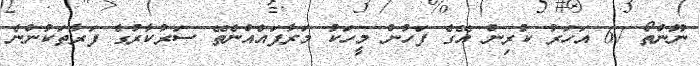
ނޫންތޯ 67 އަހަރު ކުރިން އޭގެ ފަހުން މީހަކު މަރާފައެއްނެތޭ ސަރުކާރުގެ ފަރާތަކުންނެ